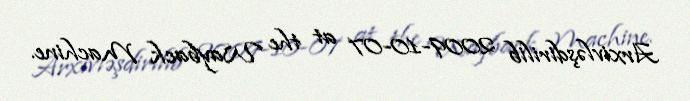
Arxivləşdirilib 2009-10-07 at the Wayback Machine.